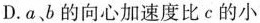
D.a、b的向心加速度比c的小